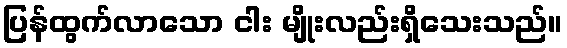
ပြန်ထွက်လာသော ငါး မျိုးလည်းရှိသေးသည်။